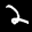
Label: 2